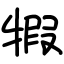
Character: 犌